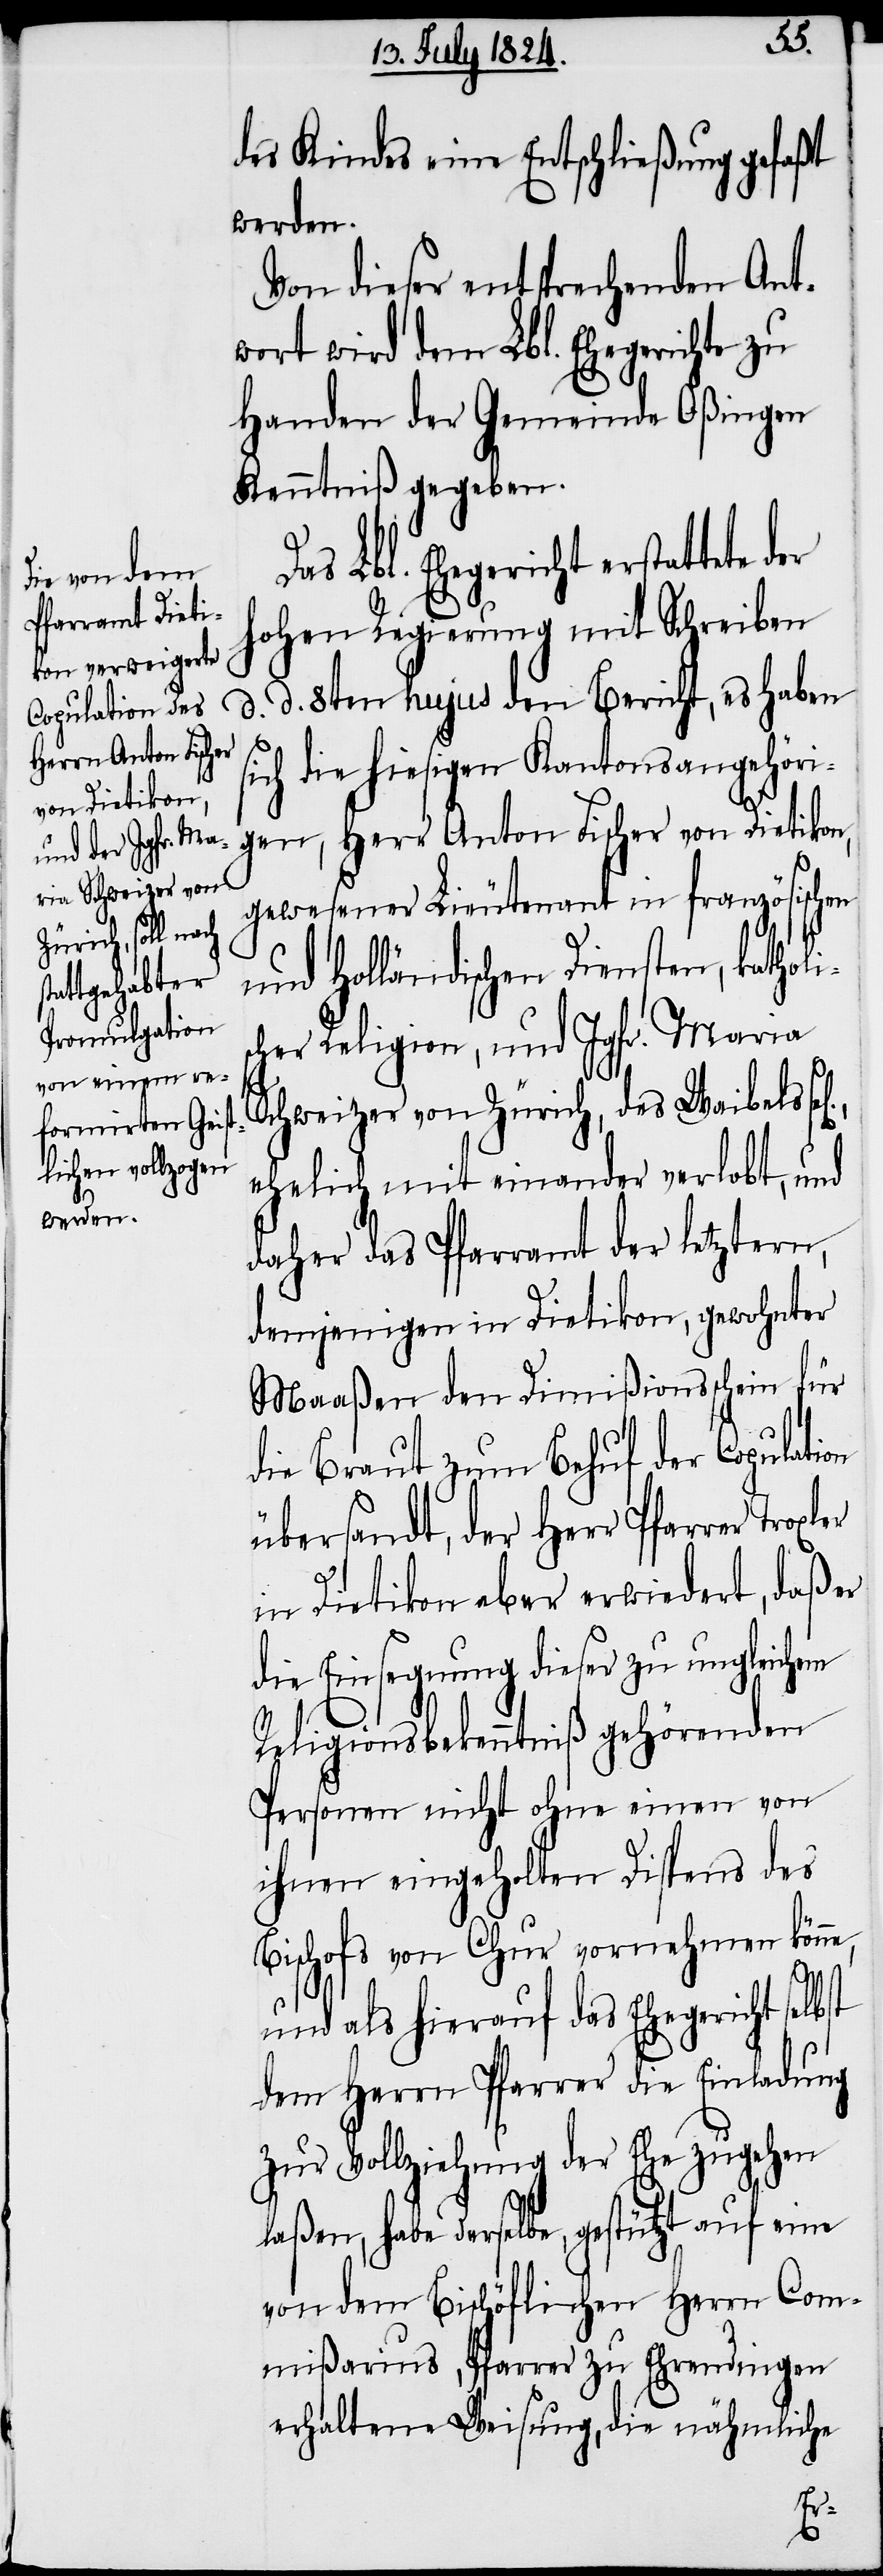
D¬
des Kindes eine Entschließung gefaßt
werden.
Von dieser entsprechenden Ant¬
wort wird dem Lbl. Ehegerichte zu
Handen der Gemeinde Oßingen
Kenntniß gegeben.
as Lbl. Ehegericht erstattete
hohen Regierung mit Schreiben
d. d. 8ten hujus den Bericht, es haben
sich die hiesigen Kantonsangehöri¬
gen, Herr Anton Fischer von Dietikon,
gewesener Lieutenant in französischen
und Holländischen Diensten, katholi¬
scher Religion, und Jgfr. Maria
Schweizer von Zürich, des Waibels
ehelich miteinander verlobt, und
daher das Pfarramt der letztern,
demjenigen in Dietikon, gewohnter
Maaßen den Dimißionsschein für
die Braut zum Behuf der Copulation
übersandt, der Herr Pfarrer
in Dietikon aber erwiedert, daß er
die Einsegnung dieser zu ungleichem
Religionsbekenntniß gehörenden
Personen nicht ohne einen von
ihnen eingeholten Dispens des
Bischofs von Chur vornehmen könne,
st
und als hierauf das Ehegericht selb¬
dem Herrn Pfarrer die Einladung
zur Vollziehung der Ehe zugehen
laßen, habe derselbe, gestützt auf eine
von dem Bischöflichen Herrn Com¬
mißarius, Pfarrer zu Ehrendingen
erhaltene Weisung, die nähmliche